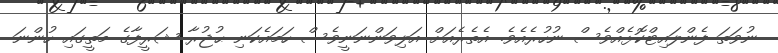
ނުވަތަ ފެންލައިޓްކޮޅެއްވެސް ނުހުރެއެވެ. އެތެރެއަށް އަލިވަންނަނީވެސް ހަމައެކަނި ޙުޖުރާ ޝަރީފާގެ މަތީގައި ހުންނަ